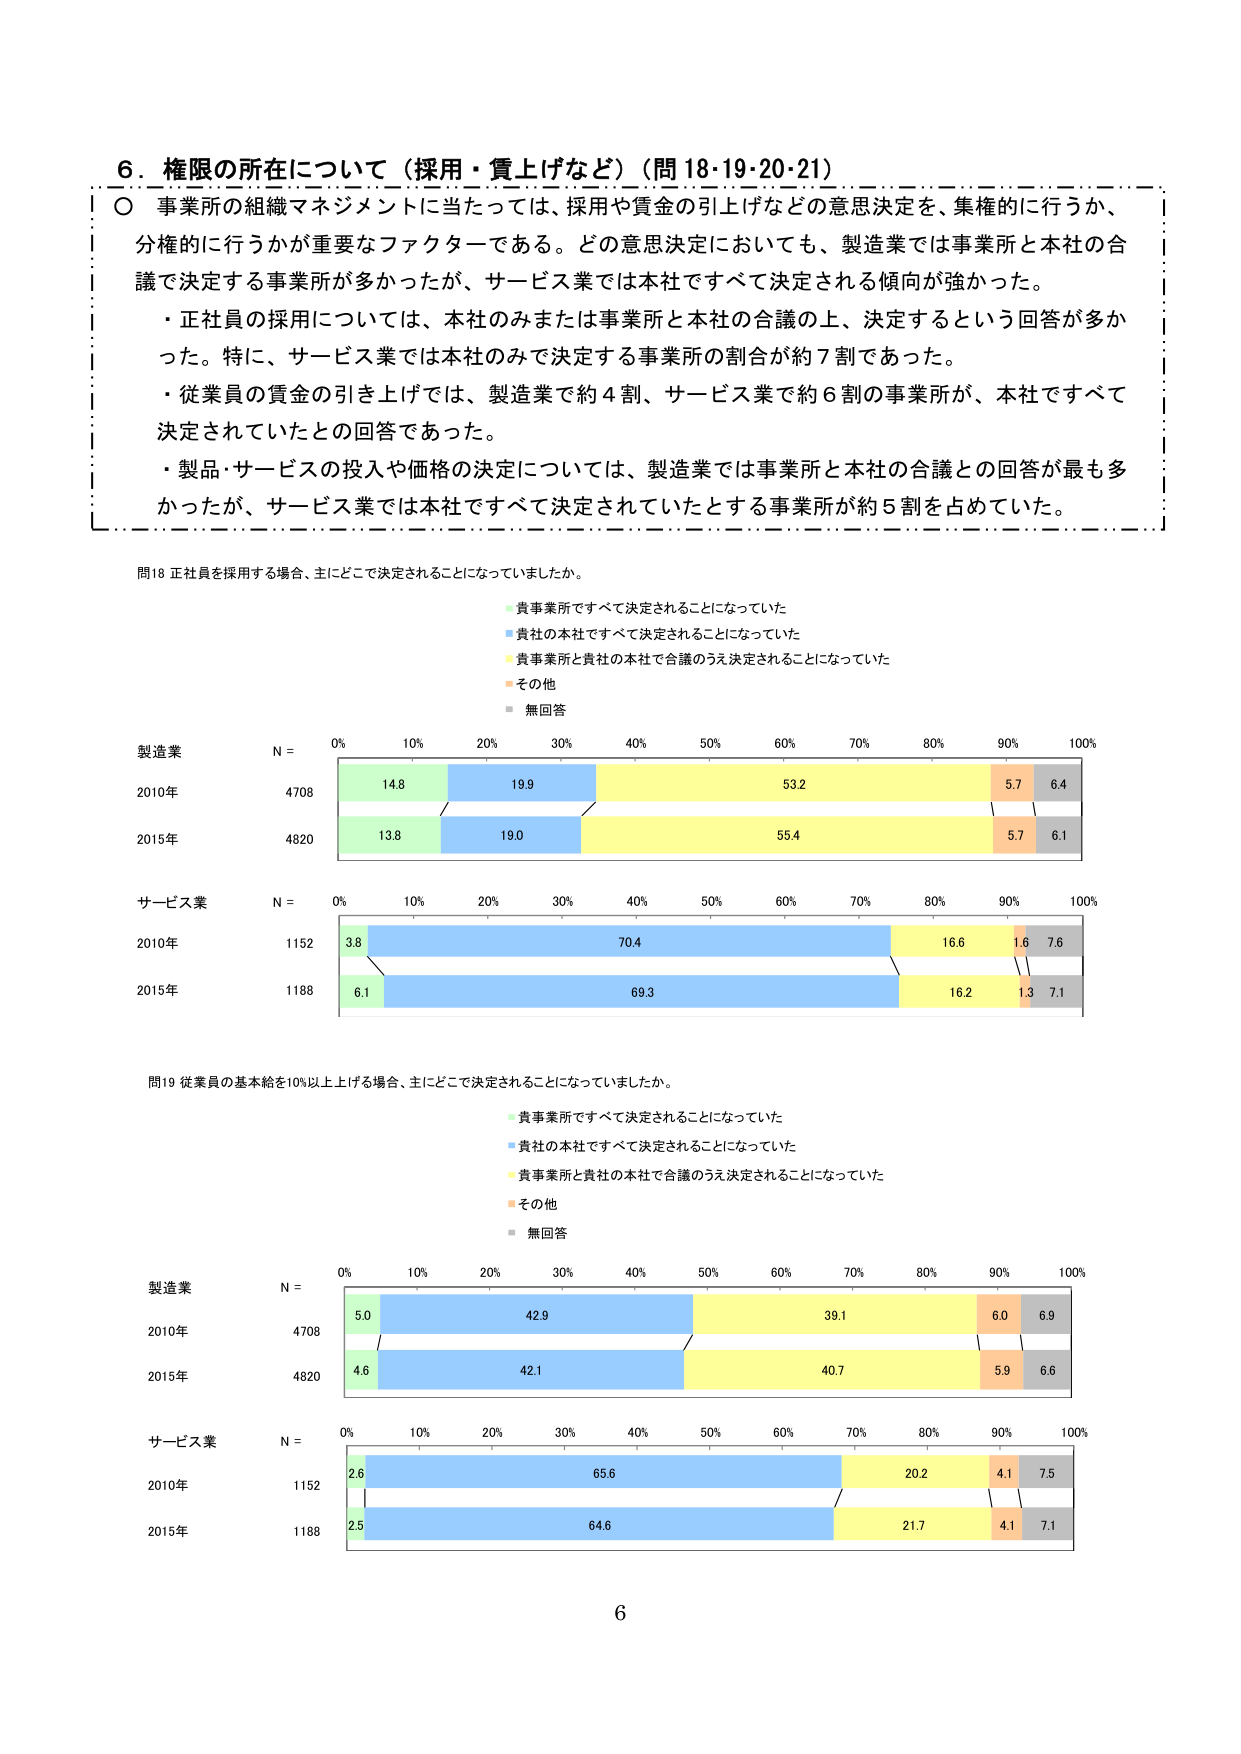
6. 権限の所在について（採用・賃上げなど）（問18・19・20・21）

〇 事業所の組織マネジメントに当たっては、採用や賃金の引上げなどの意思決定を、集権的に行うか、分権的に行うかが重要なファクターである。どの意思決定においても、製造業では事業所と本社の合議で決定する事業所が多かったが、サービス業では本社ですべて決定される傾向が強かった。

・正社員の採用については、本社のみまたは事業所と本社の合議の上、決定するという回答が多かった。特に、サービス業では本社のみで決定する事業所の割合が約7割であった。

・従業員の賃金の引き上げでは、製造業で約4割、サービス業で約6割の事業所が、本社ですべて決定されていたとの回答であった。

・製品・サービスの投入や価格の決定については、製造業では事業所と本社の合議との回答が最も多かったが、サービス業では本社ですべて決定されていたとする事業所が約5割を占めていた。

問18 正社員を採用する場合、主にどこで決定されることになっていましたか。

貴事業所ですべて決定されることになっていた
貴社の本社ですべて決定されることになっていた
貴事業所と貴社の本社で合議のうえ決定されることになっていた
その他
無回答

製造業
N =
0% 10% 20% 30% 40% 50% 60% 70% 80% 90% 100%
2010年 4708 14.8 19.9 53.2 5.7 6.4
2015年 4820 13.8 19.0 55.4 5.7 6.1

サービス業
N =
0% 10% 20% 30% 40% 50% 60% 70% 80% 90% 100%
2010年 1152 3.8 70.4 16.6 1.6 7.6
2015年 1188 6.1 69.3 16.2 1.3 7.1

問19 従業員の基本給を10%以上上げる場合、主にどこで決定されることになっていましたか。

貴事業所ですべて決定されることになっていた
貴社の本社ですべて決定されることになっていた
貴事業所と貴社の本社で合議のうえ決定されることになっていた
その他
無回答

製造業
N =
0% 10% 20% 30% 40% 50% 60% 70% 80% 90% 100%
2010年 4708 5.0 42.9 39.1 6.0 6.9
2015年 4820 4.6 42.1 40.7 5.9 6.6

サービス業
N =
0% 10% 20% 30% 40% 50% 60% 70% 80% 90% 100%
2010年 1152 2.6 65.6 20.2 4.1 7.5
2015年 1188 2.5 64.6 21.7 4.1 7.1

6